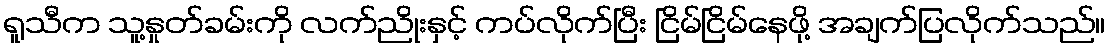
ရူသီက သူ့နှုတ်ခမ်းကို လက်ညိုးနှင့် ကပ်လိုက်ပြီး ငြိမ်ငြိမ်နေဖို့ အချက်ပြလိုက်သည်။